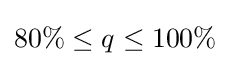
80\%\leq q\leq 100\%